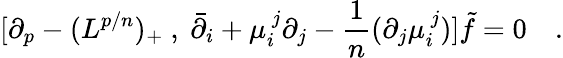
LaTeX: [\partial_{p}-(L^{p/n})_{+}\ ,\ \bar{\partial}_{i}+\mu_{i}^{\ j}\partial_{j}-{\frac{1}{n}}(\partial_{j}\mu_{i}^{\ j})]\tilde{f}=0\quad.